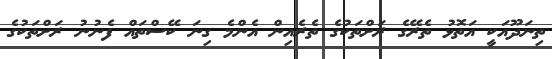
ތިނަދޫއަކީ އަތޮޅު ތެރޭގެ ރަށްތަކުގެ ތެރެއިން އެންމެ ގިނަ ކޭސްތައް ފެނުނު ރަށްތަކުގެ